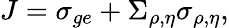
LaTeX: J=\sigma_{ge}+\Sigma_{\rho,\eta}\sigma_{\rho,\eta},